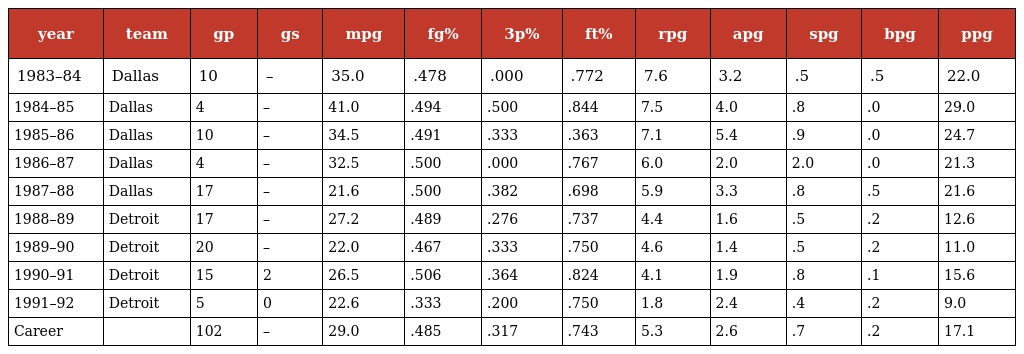
| year | team | gp | gs | mpg | fg% | 3p% | ft% | rpg | apg | spg | bpg | ppg |
 | --- | --- | --- | --- | --- | --- | --- | --- | --- | --- | --- | --- | --- |
 | 1983–84 | Dallas | 10 | – | 35.0 | .478 | .000 | .772 | 7.6 | 3.2 | .5 | .5 | 22.0 |
 | 1984–85 | Dallas | 4 | – | 41.0 | .494 | .500 | .844 | 7.5 | 4.0 | .8 | .0 | 29.0 |
 | 1985–86 | Dallas | 10 | – | 34.5 | .491 | .333 | .363 | 7.1 | 5.4 | .9 | .0 | 24.7 |
 | 1986–87 | Dallas | 4 | – | 32.5 | .500 | .000 | .767 | 6.0 | 2.0 | 2.0 | .0 | 21.3 |
 | 1987–88 | Dallas | 17 | – | 21.6 | .500 | .382 | .698 | 5.9 | 3.3 | .8 | .5 | 21.6 |
 | 1988–89 | Detroit | 17 | – | 27.2 | .489 | .276 | .737 | 4.4 | 1.6 | .5 | .2 | 12.6 |
 | 1989–90 | Detroit | 20 | – | 22.0 | .467 | .333 | .750 | 4.6 | 1.4 | .5 | .2 | 11.0 |
 | 1990–91 | Detroit | 15 | 2 | 26.5 | .506 | .364 | .824 | 4.1 | 1.9 | .8 | .1 | 15.6 |
 | 1991–92 | Detroit | 5 | 0 | 22.6 | .333 | .200 | .750 | 1.8 | 2.4 | .4 | .2 | 9.0 |
 | Career |  | 102 | – | 29.0 | .485 | .317 | .743 | 5.3 | 2.6 | .7 | .2 | 17.1 |